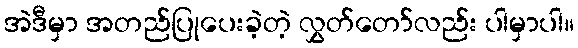
အဲဒီမှာ အတည်ပြုပေးခဲ့တဲ့ လွှတ်တော်လည်း ပါမှာပါ။